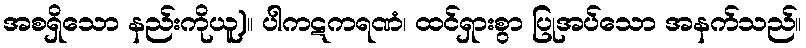
အစရှိသော နည်းကိုယူ)။ ပါကဋကရဏံ၊ ထင်ရှားစွာ ပြုအပ်သော အနက်သည်။